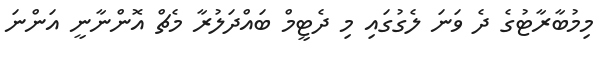
މިމުބާރާޓުގެ ދެ ވަނަ ލެގުގައި މި ދެޓީމް ބައްދަލުރާ މެޗް އޮންނާނީ އަންނަ